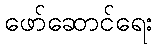
ဖော်ဆောင်ရေး